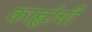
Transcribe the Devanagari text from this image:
काह्लोची